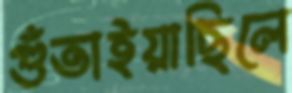
গুঁতাইয়াছিলে